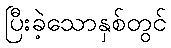
ပြီးခဲ့သောနှစ်တွင်